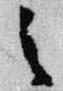
之